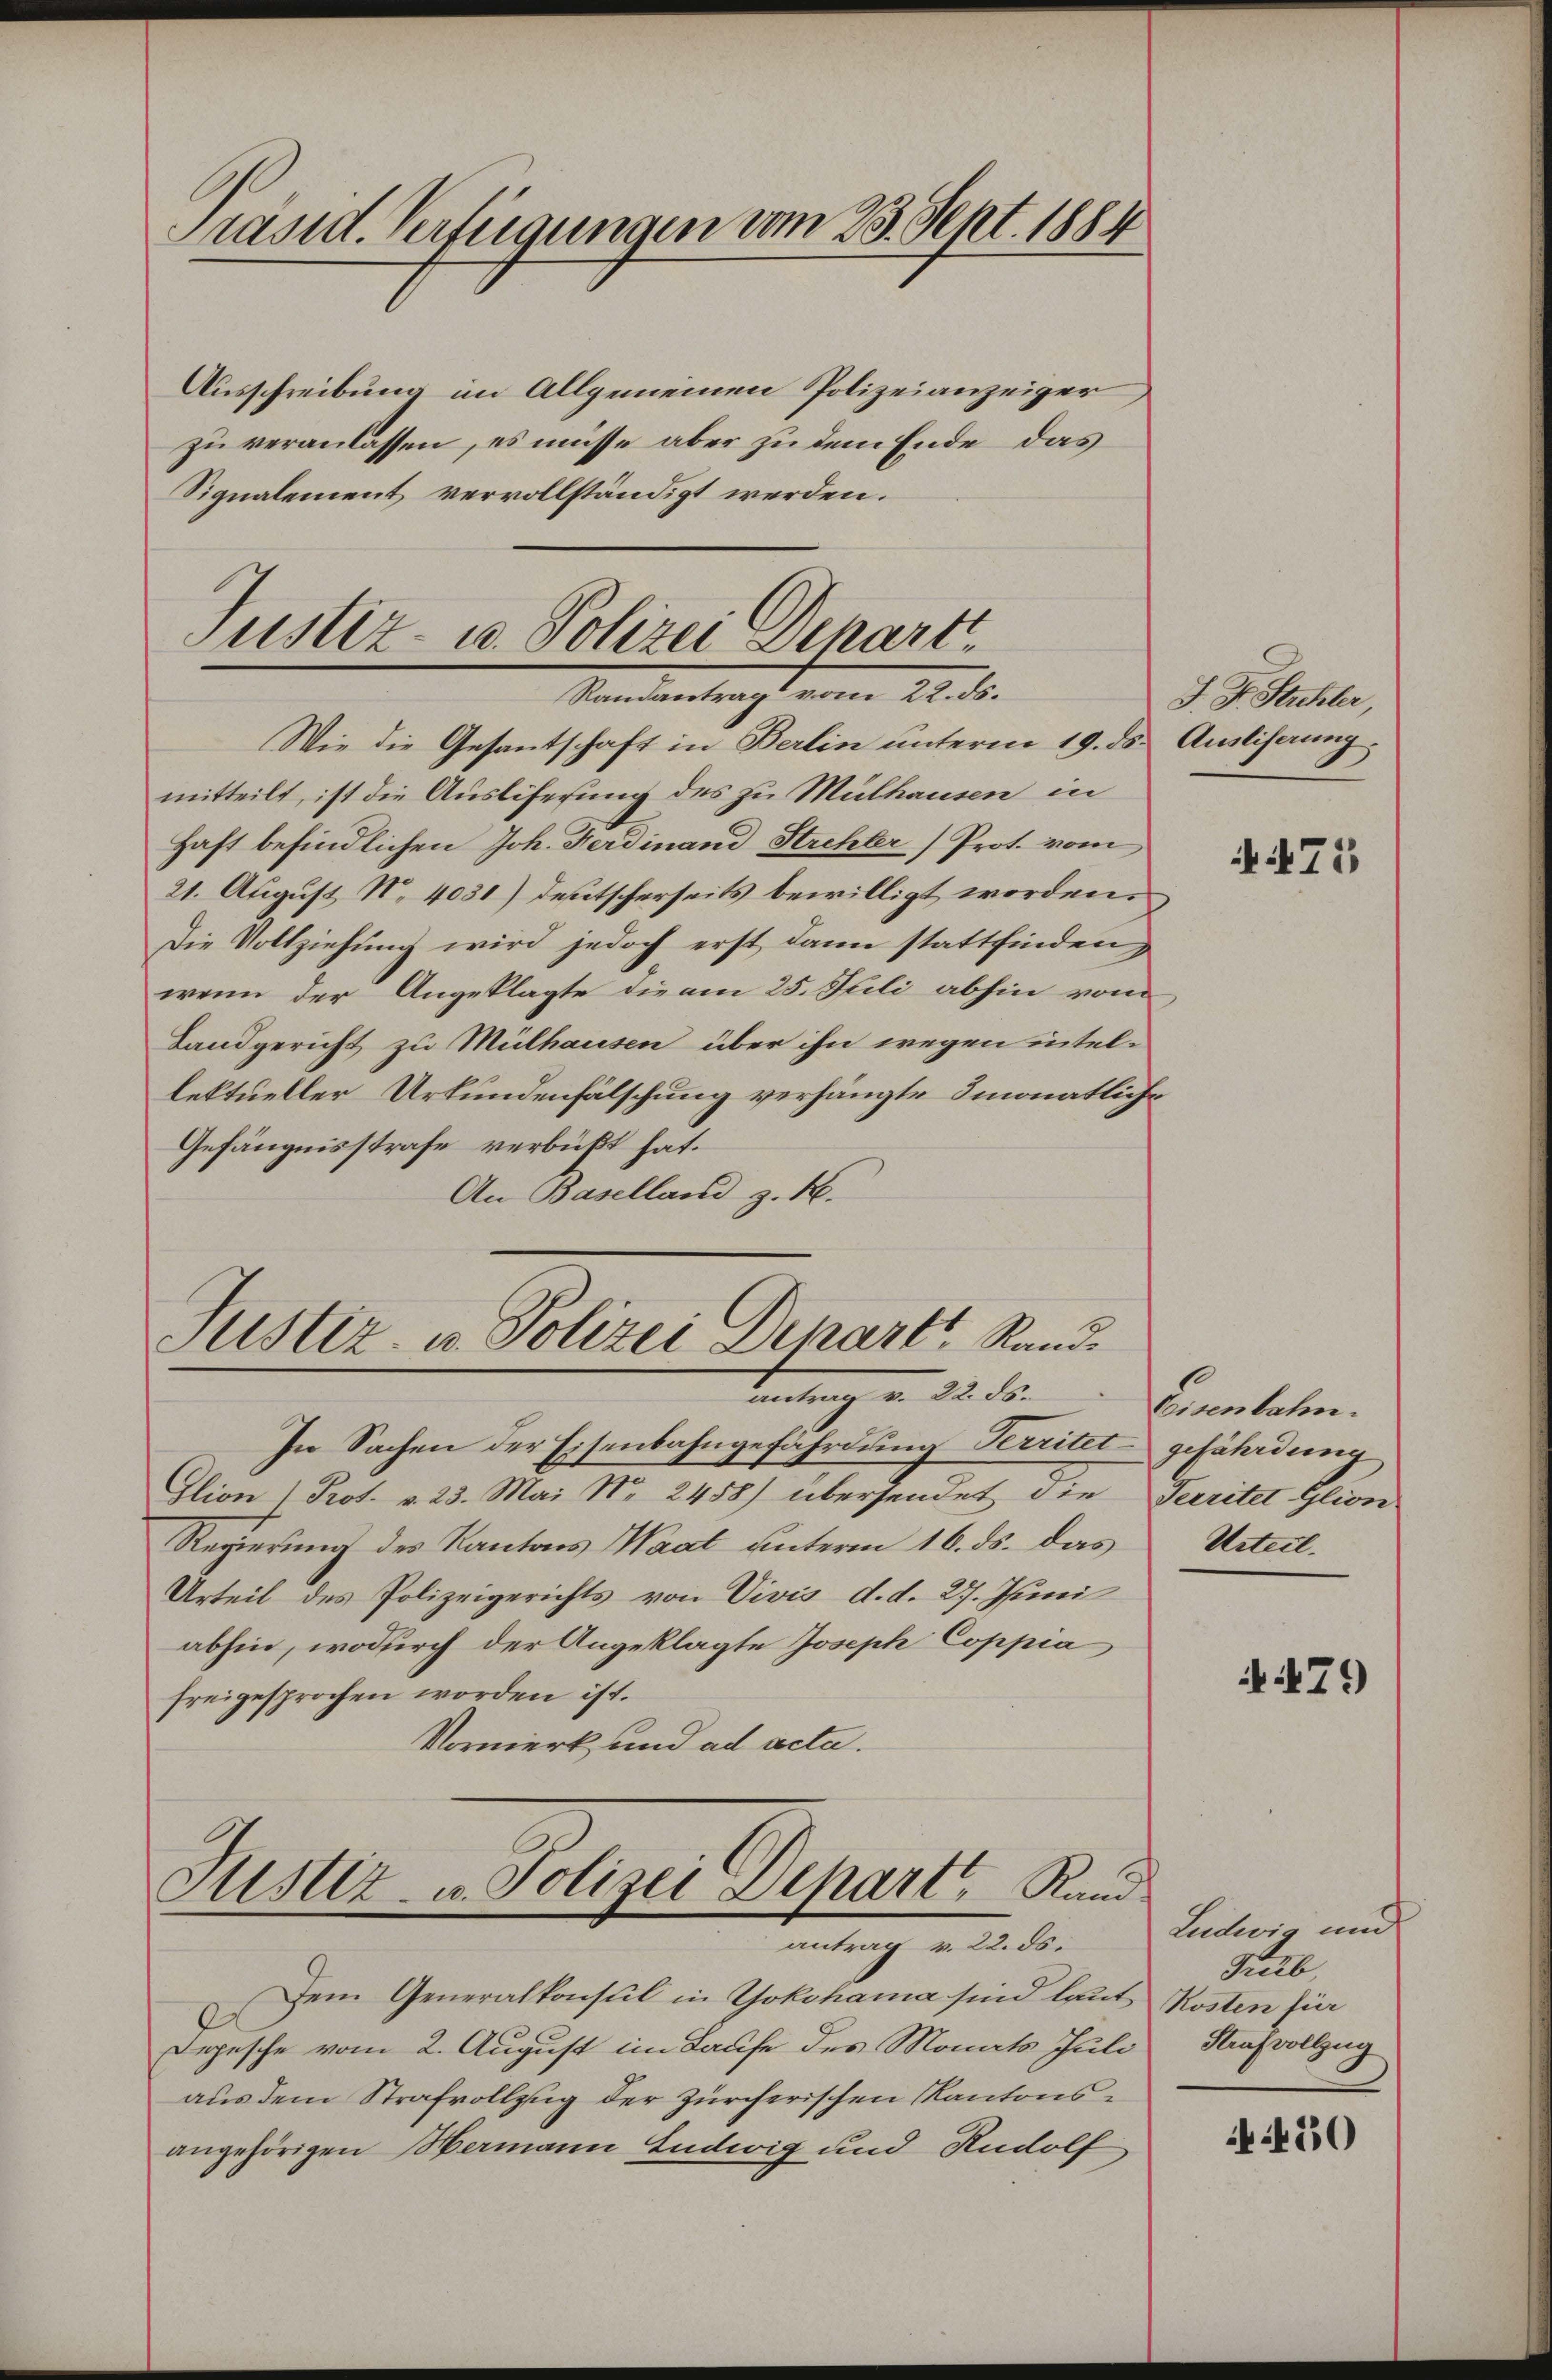
Präsid. Verfügungen vom 23. Sept. 1884

Ausschreibung im Allgemeinen Polizeianzeiger
zu veranlassen, es müsse aber zu dem Ende das
Signalement vervollständigt werden.

Justiz- u. Polizei Depart
Randantrag vom 22. ds.

Justiz- u. Polizei Depart Rand.
antrang u. 22. d.

Wie die Gesantschaft in Berlin unterm 19. ds Auslisaung
mitteilt, ist die Ausliferung des zu Mülhausen in
Haft befindlichen Joh. Ferdinand Strehler) Prot. vom
21. August No 4031) deutscherseits bewilligt worden.
Die Vollziehung wird jedoch erst dann stattfinden,
wenn der Angeklagte die am 25. Stili abhin vom
Landgericht zu Mülhausen über ihn wegen intellektueller Urkundenfälschung verhängte monatlich¬
Gefängnisstrafe verbüßt hat.
An Baselland z. B.

In Sachen der Eisenbahngefährdung Perritet gefährdung
Glion " Prot. v. 23. Mai Nr. 2458) übersendet die Territel Glion
Regierung des Kantons Waat unterm 16. ds. das Urteil-
Urteil des Polizeigerichts von Vivis d. d. 27. Juni
abhin, wodurch der Angeklagte Joseph Coppia
freigesprochen worden ist.
Vormerk und ad acta.
3
Sistiz- u. Polizei Depart Rand.
antrag v. 22. ds.
Dem Generalkonsul in Yokohama sind laut Kosten für
Depesche vom 2. August im Laufe des Monats Juli Strafvollzug
aus dem Strafvollzug der Zürcherischen Kantonsangehörigen Hermann Ludwig und Rudolf,

J. J. Stichler,

N. 471

Eisenbahn.

479

Leidwig und
Pub,

450